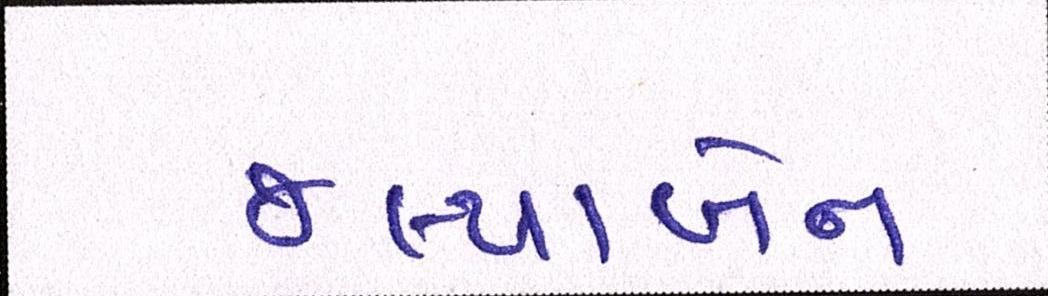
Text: જલ્પાબેન